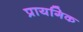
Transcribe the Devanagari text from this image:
प्रायगिक